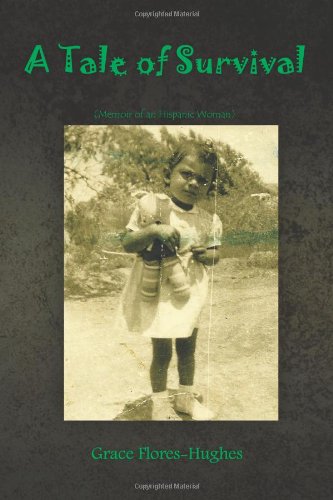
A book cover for A Tale Of Survival: Memoir Of An Hispanic Woman; Grace Flores-Hughes; Biographies & Memoirs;